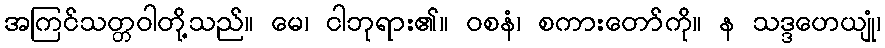
အကြင်သတ္တဝါတို့သည်။ မေ၊ ငါဘုရား၏။ ဝစနံ၊ စကားတော်ကို။ န သဒ္ဒဟေယျုံ၊